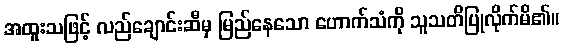
အထူးသဖြင့် လည်ချောင်းဆီမှ မြည်နေသော ဟောက်သံကို သူသတိပြုလိုက်မိ၏။